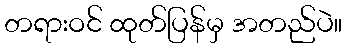
တရားဝင် ထုတ်ပြန်မှ အတည်ပဲ။